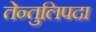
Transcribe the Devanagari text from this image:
तेन्तुलिपदा